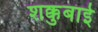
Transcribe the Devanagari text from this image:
शक्कुबाई